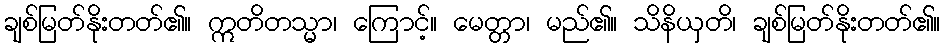
ချစ်မြတ်နိုးတတ်၏။ ဣတိတသ္မာ၊ ကြောင့်။ မေတ္တာ၊ မည်၏။ သိနိယှတိ၊ ချစ်မြတ်နိုးတတ်၏။